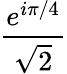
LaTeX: \frac{e^{i\pi/4}}{\sqrt{2}}